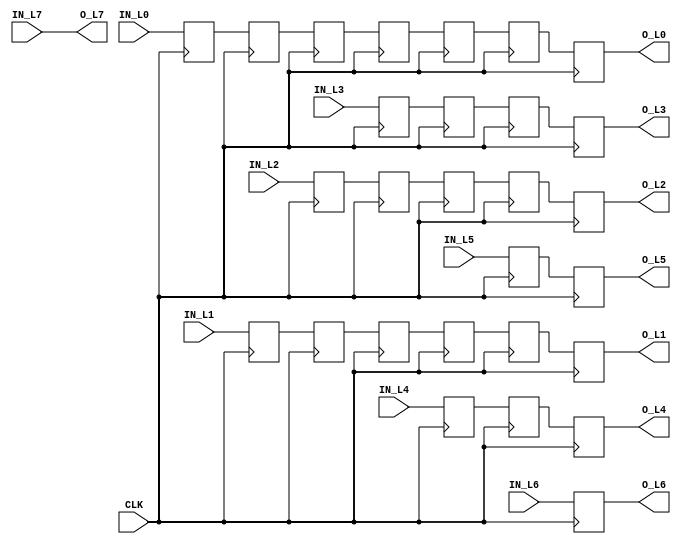
module delay(
	input CLK,
	//input 
	input [17:0]IN_L0,
	input	[17:0]IN_L1,
	input [17:0]IN_L2,
	input [17:0]IN_L3,
	input [17:0]IN_L4,
	input [17:0]IN_L5,
	input [17:0]IN_L6,
	input [17:0]IN_L7,
	//out put
	output [17:0]O_L0,
	output [17:0]O_L1,
	output [17:0]O_L2,
	output [17:0]O_L3,
	output [17:0]O_L4,
	output [17:0]O_L5,
	output [17:0]O_L6,
	output [17:0]O_L7
);
	reg [17:0] L0[0:6];
	reg [17:0] L1[0:5];
	reg [17:0] L2[0:4];
	reg [17:0] L3[0:3];
	reg [17:0] L4[0:2];
	reg [17:0] L5[0:1];
	reg [17:0] L6;
	
	assign O_L0 = L0[6];
	always@(posedge CLK)begin
		L0[6] <= L0[5];
		L0[5] <= L0[4];
		L0[4] <= L0[3];
		L0[3] <= L0[2];
		L0[2] <= L0[1];
		L0[1] <= L0[0];
		L0[0] <= IN_L0;
	end

	assign O_L1 = L1[5];
	always@(posedge CLK)begin
		L1[5] <= L1[4];
		L1[4] <= L1[3];
		L1[3] <= L1[2];
		L1[2] <= L1[1];
		L1[1] <= L1[0];
		L1[0] <= IN_L1;
	end

	assign O_L2 = L2[4];
	always@(posedge CLK)begin
		L2[4] <= L2[3];
		L2[3] <= L2[2];
		L2[2] <= L2[1];
		L2[1] <= L2[0];
		L2[0] <= IN_L2;
	end

	assign O_L3 = L3[3];
	always@(posedge CLK)begin
		L3[3] <= L3[2];
		L3[2] <= L3[1];
		L3[1] <= L3[0];
		L3[0] <= IN_L3;
	end

	assign O_L4 = L4[2];
	always@(posedge CLK)begin
		L4[2] <= L4[1];
		L4[1] <= L4[0];
		L4[0] <= IN_L4;
	end

	assign O_L5 = L5[1];
	always@(posedge CLK)begin
		L5[1] <= L5[0];
		L5[0] <= IN_L5;
	end
	
	assign O_L6 = L6;
	always@(posedge CLK)begin
		L6 <= IN_L6;
	end

	assign O_L7 = IN_L7;

endmodule